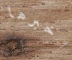
أخبرها